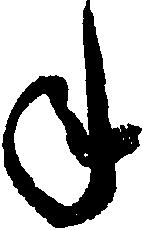
年